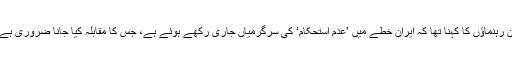
ان رہنماؤں کا کہنا تھا کہ ایران خطے میں ’عدم استحکام‘ کی سرگرمیاں جاری رکھے ہوئے ہے، جس کا مقابلہ کیا جانا ضروری ہے۔